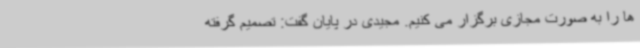
ها را به صورت مجازی برگزار می کنیم. مجیدی در پایان گفت: تصمیم گرفته